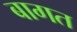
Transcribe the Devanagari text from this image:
बागत